Calcutta medical institutions reports 1879-81 [i.e.91]
Year: 1879
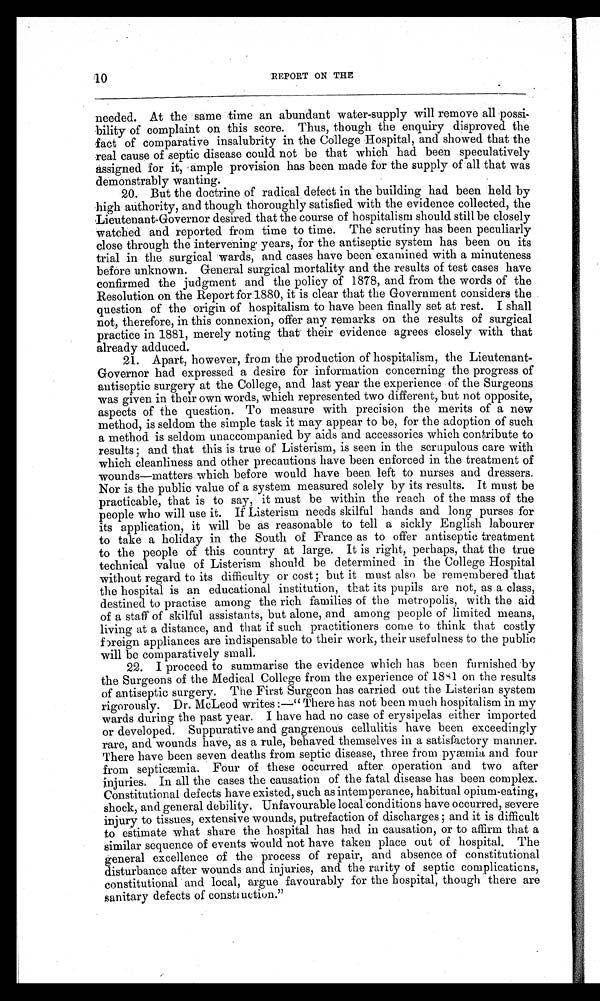
10
REPORT ON THE
needed. At the same time an abundant water-supply will remove all possi
-
bility of complaint on this score. Thus, though the enquiry disproved the
fact of comparative insalubrity in the College Hospital, and showed that the
real cause of septic disease could not be that which had been speculatively
assigned for it, ample provision has been made for the supply of all that was
demonstrably wanting.
20. But the doctrine of radical defect in the building had been held by
high authority, and though thoroughly satisfied with the evidence collected, the
Lieutenant-Governor desired that the course of hospitalism should still be closely
watched and reported from time to time. The scrutiny has been peculiarly
close through the intervening years, for the antiseptic system has been on its
trial in the surgical wards, and cases have been examined with a minuteness
before unknown. General surgical mortality and the results of test cases have
confirmed the judgment and the policy of 1878, and from the words of the
Resolution on the Report for 1880, it is clear that the Government considers the
question of the origin of hospitalism to have been finally set at rest. I shall
not, therefore, in this connexion, offer any remarks on the results of surgical
practice in 1881, merely noting that their evidence agrees closely with that
already adduced.
21. Apart, however, from the production of hospitalism, the Lieutenant
- G o v e r n o r h a d e x p r e s s e d a d e s i r e f o r i n f o r m a t i o n c o n c e r n i n g t h e p r o g r e s s o f
antiseptic surgery at the College, and last year the experience of the Surgeons
was given in their own words, which represented two different, but not opposite,
aspects of the question. To measure with precision the merits of a new
method, is seldom the simple task it may appear to be, for the adoption of such
a method is seldom unaccompanied by aids and accessories which contribute to
results; and that this is true of Listerism, is seen in the scrupulous care with
which cleanliness and other precautions have been enforced in the treatment of
wounds—matters which before would have been left to nurses and dressers.
Nor is the public value of a system measured solely by its results. It must be
practicable, that is to say, it must be within the reach of the mass of the
people who will use it. If Listerism needs skilful hands and long purses for
its application, it will be as reasonable to tell a sickly English labourer
to take a holiday in the South of France as to offer antiseptic treatment
to the people of this country at large. It is right, perhaps, that the true
technical value of Listerism should be determined in the College Hospital
without regard to its difficulty or cost; but it must also be remembered that
the hospital is an educational institution, that its pupils are not, as a class,
destined to practise among the rich families of the metropolis, with the aid
of a staff of skilful assistants, but alone, and among people of limited means,
living at a distance, and that if such practitioners come to think that costly
foreign appliances are indispensable to their work, their usefulness to the public
will be comparatively small.
22. I proceed to summarise the evidence which has been furnished by
the Surgeons of the Medical College from the experience of 1881 on the results
of antiseptic surgery. The First Surgeon has carried out the Listerian system
rigorously. Dr. McLeod writes:—"There has not been much hospitalism in my
wards during the past year. I have had no case of erysipelas either imported
or developed. Suppurative and gangrenous cellulitis have been exceedingly
rare, and wounds have, as a rule, behaved themselves in a satisfactory manner.
There have been seven deaths from septic disease, three from pyæmia and four
from septicæmia. Four of these occurred after operation and two after
injuries In all the cases the causation of the fatal disease has been complex.
Constitutional defects have existed, such as intemperance, habitual opium-eating,
shock, and general debility. Unfavourable local conditions have occurred, severe
injury to tissues, extensive wounds, putrefaction of discharges; and it is difficult
to estimate what share the hospital has had in causation, or to affirm that a
similar sequence of events would not have taken place out of hospital. The
general excellence of the process of repair, and absence of constitutional
disturbance after wounds and injuries, and the rarity of septic complications,
constitutional and local, argue favourably for the hospital, though there are
sanitary defects of construction."